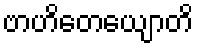
ဗာဟိတေယျောတိ